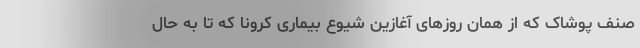
صنف پوشاک که از همان روزهای آغازین شیوع بیماری کرونا که تا به حال